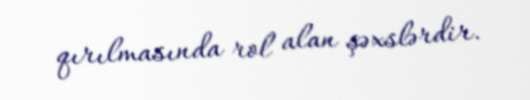
qırılmasında rol alan şəxslərdir.